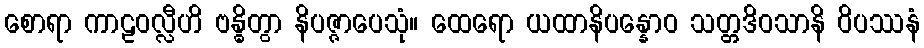
စောရာ ကာဠဝလ္လီဟိ ဗန္ဓိတွာ နိပဇ္ဇာပေသုံ။ ထေရော ယထာနိပန္နောဝ သတ္တဒိဝသာနိ ဝိပဿနံ